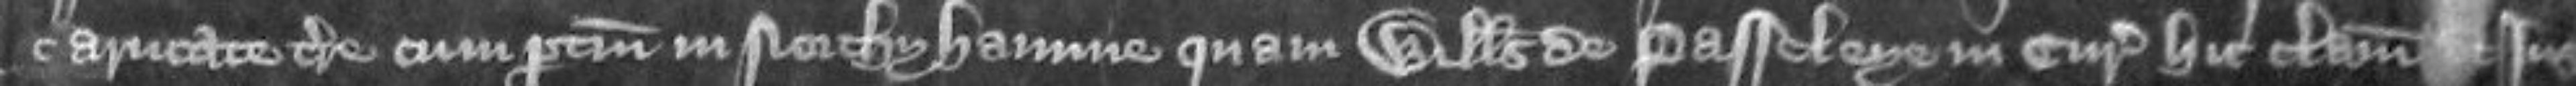
carucate terre cum pertinenciis in Northyhamme quam Willelmus de Passelye in curia hic clamat ut jus